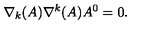
\nabla _ { k } ( A ) \nabla ^ { k } ( A ) A ^ { 0 } = 0 .